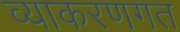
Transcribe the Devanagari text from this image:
व्याकरणगत